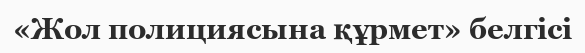
«Жол полициясына құрмет» белгісі